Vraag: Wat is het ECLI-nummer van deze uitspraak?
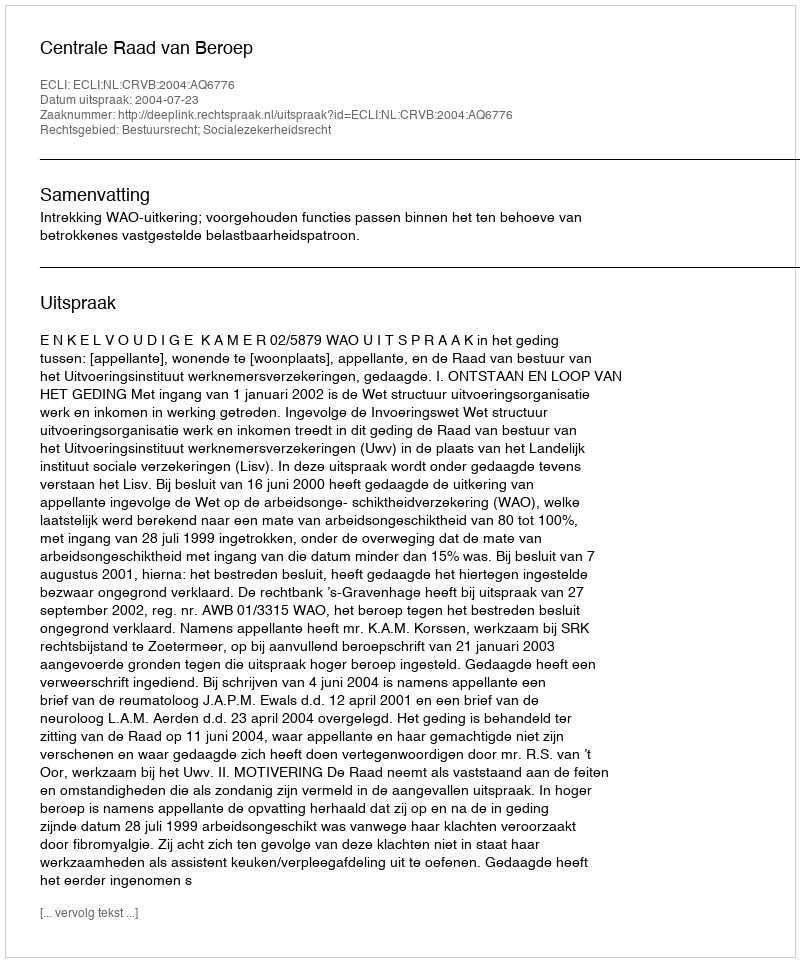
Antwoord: ECLI:NL:CRVB:2004:AQ6776